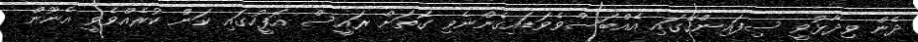
ދެން ވިދާޅުވީ ސިފައިންގޭގައި އެއްބަސްވެވަޑައިގެންނެވި ގޮތަށް ރައީސް އޮފީހުގައި ކަން ކުރެއްވެވީ އެނޫން